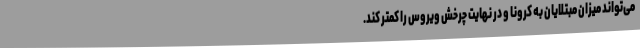
می‌تواند میزان مبتلایان به کرونا و در نهایت چرخش ویروس را کمتر کند.